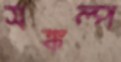
সঙ্কল্প